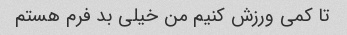
تا کمی ورزش کنیم من خیلی بد فرم هستم